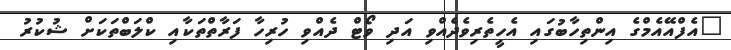
"އެފްއޭއެމްގެ އިންތިހާބުގައި އެހީތެރިވެދެއްވި އަދި ވޯޓް ދެއްވި ހުރިހާ ފަރާތްތަކާއި ކްލަބްތަކަށް ޝުކުރު